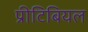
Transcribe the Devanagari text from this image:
प्रीटिबियल